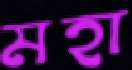
মহা